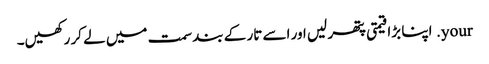
your. اپنا بڑا قیمتی پتھر لیں اور اسے تار کے بند سمت میں لے کر رکھیں۔